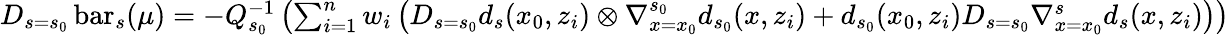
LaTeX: \begin{array}{r}{D_{s=s_{0}}\operatorname{bar}_{s}(\mu)=-Q_{s_{0}}^{-1}\left(\sum_{i=1}^{n}w_{i}\left(D_{s=s_{0}}d_{s}(x_{0},z_{i})\otimes\nabla_{x=x_{0}}^{s_{0}}d_{s_{0}}(x,z_{i})+d_{s_{0}}(x_{0},z_{i})D_{s=s_{0}}\nabla_{x=x_{0}}^{s}d_{s}(x,z_{i})\right)\right)}\end{array}